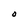
Character: O